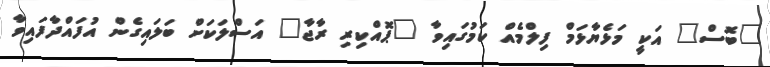
"ބޮސް" އަކީ މަޅެޔާޅަމް ފިލްމެއް ކަމުގައިވާ "ޕޮއްކިރި ރާޖާ" އަސްލަކަށް ބަލައިގެން އުފައްދާފައިވާ